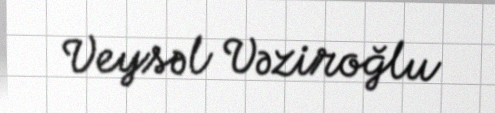
Veysəl Vəziroğlu